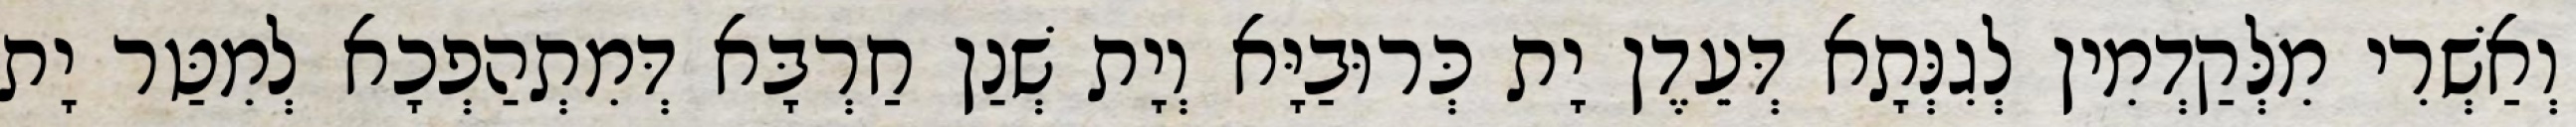
וְאַשְׁרִי מִלְּקַדְמִין לְגִנְּתָא דְּעֵדֶן יָת כְּרוּבַיָּא וְיָת שְׁנַן חַרְבָּא דְּמִתְהַפְכָא לְמִטַּר יָת